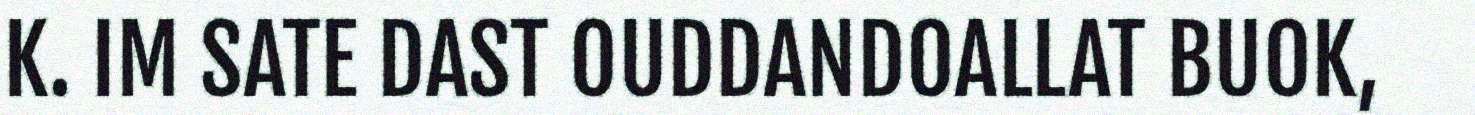
K. IM SATE DAST OUDDANDOALLAT BUOK,